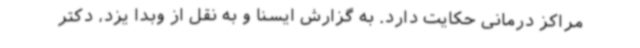
مراکز درمانی حکایت دارد. به گزارش ایسنا و به نقل از وبدا یزد، دکتر